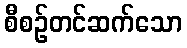
စီစဉ်တင်ဆက်သော